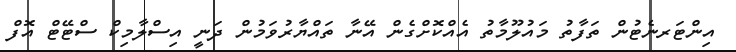
އިންޓަރނެޓުން ތަފާތު މައުލޫމާތު އެއްކޮށްގެން އޭނާ ތައްޔާރުވަމުން ދަނީ އިސްލާމިކް ސްޓޭޓް އޮފް